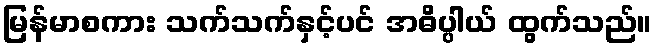
မြန်မာစကား သက်သက်နှင့်ပင် အဓိပ္ပါယ် ထွက်သည်။